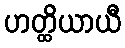
ဟတ္ထိယာယီ